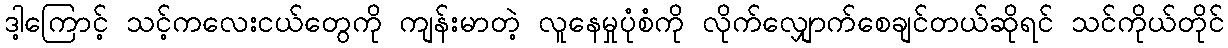
ဒါ့ကြောင့် သင့်ကလေးငယ်တွေကို ကျန်းမာတဲ့ လူနေမှုပုံစံကို လိုက်လျှောက်စေချင်တယ်ဆိုရင် သင်ကိုယ်တိုင်